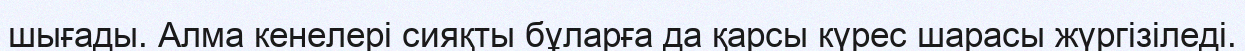
шығады. Алма кенелері сияқты бұларға да қарсы күрес шарасы жүргізіледі.